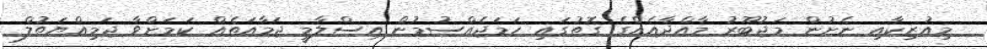
މިއުޒިކާއި ނެށުން މަޖުބޫރު މާއްދާއެއްގެ ގޮތުގައި ހަމަޖެއްސުމުން އިސްލާމީ ޖަމާއަތެއް ކަމަށްވާ ޖަމިއްޔަތުލް